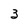
Character: 3